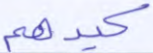
كيدهم